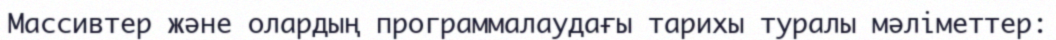
Массивтер және олардың программалаудағы тарихы туралы мәліметтер: